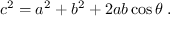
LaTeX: c ^ { 2 } = a ^ { 2 } + b ^ { 2 } + 2 a b \cos \theta \; .